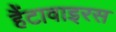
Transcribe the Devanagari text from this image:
हैंटावाइरस